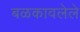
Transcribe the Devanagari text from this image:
बळकावलेले